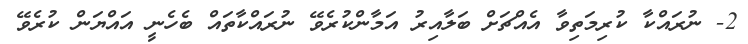
2- ނުރައްކާ ކުރިމަތިވާ އެއްޗަށް ބަލާއިރު އަމާންކުރެވޭ ނުރައްކާތައް ބެހެނީ އައްޔަން ކުރެވޭ